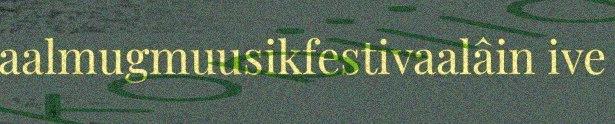
aalmugmuusikfestivaalâin ive